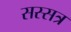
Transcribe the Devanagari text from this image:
सस्सत्र